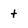
Character: t